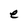
Character: e